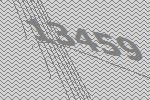
13459